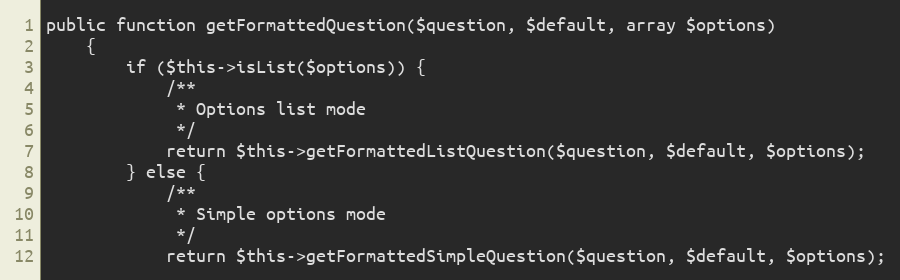
Language: PHP
public function getFormattedQuestion($question, $default, array $options)
    {
        if ($this->isList($options)) {
            /**
             * Options list mode
             */
            return $this->getFormattedListQuestion($question, $default, $options);
        } else {
            /**
             * Simple options mode
             */
            return $this->getFormattedSimpleQuestion($question, $default, $options);